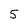
Character: 5